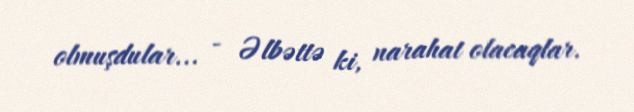
olmuşdular... - Əlbəttə ki, narahat olacaqlar.